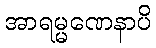
အာရမ္မဏေနာပိ